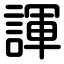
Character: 諢